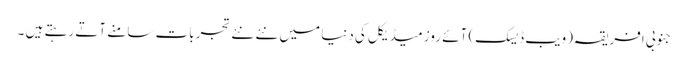
جنوبی افریقہ(ویب ڈیسک) آئے روز میڈیکل کی دنیا میں نئے نئے تجربات سامنے آتے رہتے ہیں ۔